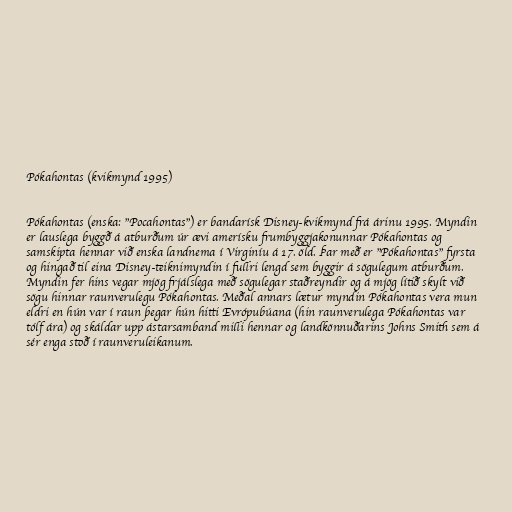
Pókahontas (kvikmynd 1995)

Pókahontas (enska: "Pocahontas") er bandarísk Disney-kvikmynd frá árinu 1995. Myndin
er lauslega byggð á atburðum úr ævi amerísku frumbyggjakonunnar Pókahontas og
samskipta hennar við enska landnema í Virginíu á 17. öld. Þar með er "Pókahontas" fyrsta
og hingað til eina Disney-teiknimyndin í fullri lengd sem byggir á sögulegum atburðum.
Myndin fer hins vegar mjög frjálslega með sögulegar staðreyndir og á mjög lítið skylt við
sögu hinnar raunverulegu Pókahontas. Meðal annars lætur myndin Pókahontas vera mun
eldri en hún var í raun þegar hún hitti Evrópubúana (hin raunverulega Pókahontas var
tólf ára) og skáldar upp ástarsamband milli hennar og landkönnuðarins Johns Smith sem á
sér enga stoð í raunveruleikanum.